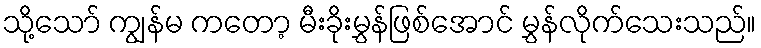
သို့သော် ကျွန်မ ကတော့ မီးခိုးမွှန်ဖြစ်အောင် မွှန်လိုက်သေးသည်။